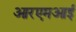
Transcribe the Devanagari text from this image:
आरएमआई